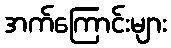
အက်ကြောင်းများ